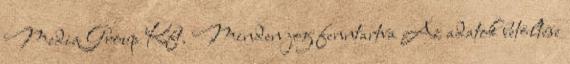
Media Group Kft. Minden jog fenntartva Az adatok betöltése